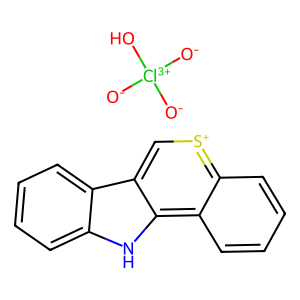
SMILES: [O-][Cl+3]([O-])([O-])O.c1ccc2c(c1)[nH]c1c3ccccc3[s+]cc21
Inhibits HIV replication: No